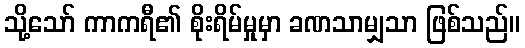
သို့သော် ကာကရီ၏ စိုးရိမ်မှုမှာ ခဏသာမျှသာ ဖြစ်သည်။